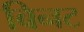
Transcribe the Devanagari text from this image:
बिनट